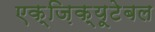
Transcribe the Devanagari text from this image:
एक्ज़िक्यूटेबल